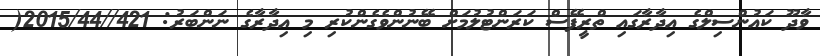
ވާދޫ ކައުންސިލްގެ އިދާރާގައި ތްރީފޭސް ކަރަންޓުލުމަށް ބޭނުންވެގެންކުރި މި އިދާރާގެ ނަންބަރު: 421//2015/44(